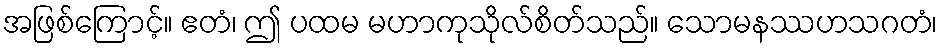
အဖြစ်ကြောင့်။ ဧတံ၊ ဤ ပထမ မဟာကုသိုလ်စိတ်သည်။ သောမနဿဟသဂတံ၊